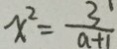
x ^ { 2 } = \frac { 3 } { a + 1 }